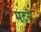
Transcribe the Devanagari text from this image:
मटरी